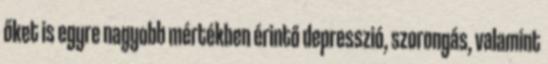
őket is egyre nagyobb mértékben érintő depresszió, szorongás, valamint